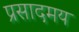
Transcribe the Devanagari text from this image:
प्रसादमय